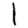
Digit: 1